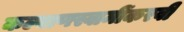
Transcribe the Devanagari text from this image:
कल्याणस्वामींकरवी